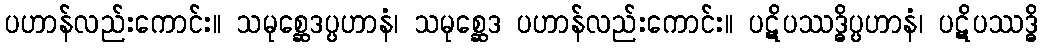
ပဟာန်လည်းကောင်း။ သမုစ္ဆေဒပ္ပဟာနံ၊ သမုစ္ဆေဒ ပဟာန်လည်းကောင်း။ ပဋိပဿဒ္ဓိပ္ပဟာနံ၊ ပဋိပဿဒ္ဓိ